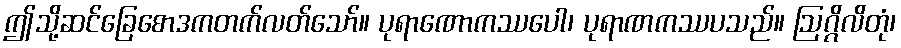
ဤသို့ဆင်ခြေစောဒကတက်လတ်သော်။ ပုရာဏောကဿပေါ၊ ပုရာဏကဿပသည်။ ဩဂ္ဂိလိတုံ၊